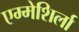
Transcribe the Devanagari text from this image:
एम्मेशिर्ला